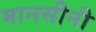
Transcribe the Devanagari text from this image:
मानसीनी